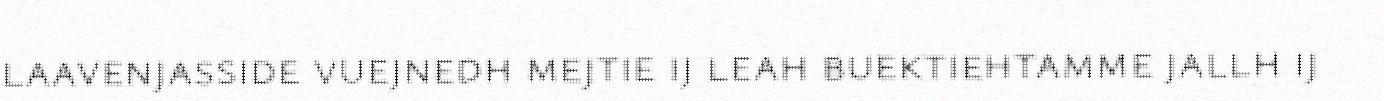
laavenjasside vuejnedh mejtie ij leah buektiehtamme jallh ij